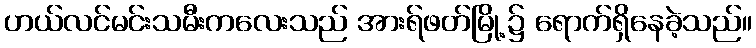
ဟယ်လင်မင်းသမီးကလေးသည် အားရ်ဖတ်မြို့၌ ရောက်ရှိနေခဲ့သည်။